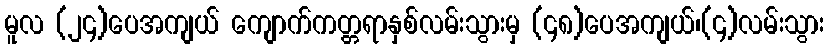
မူလ (၂၄)ပေအကျယ် ကျောက်ကတ္တရာနှစ်လမ်းသွားမှ (၄၈)ပေအကျယ်၊(၄)လမ်းသွား